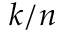
k / n